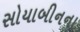
સોયાબીનના